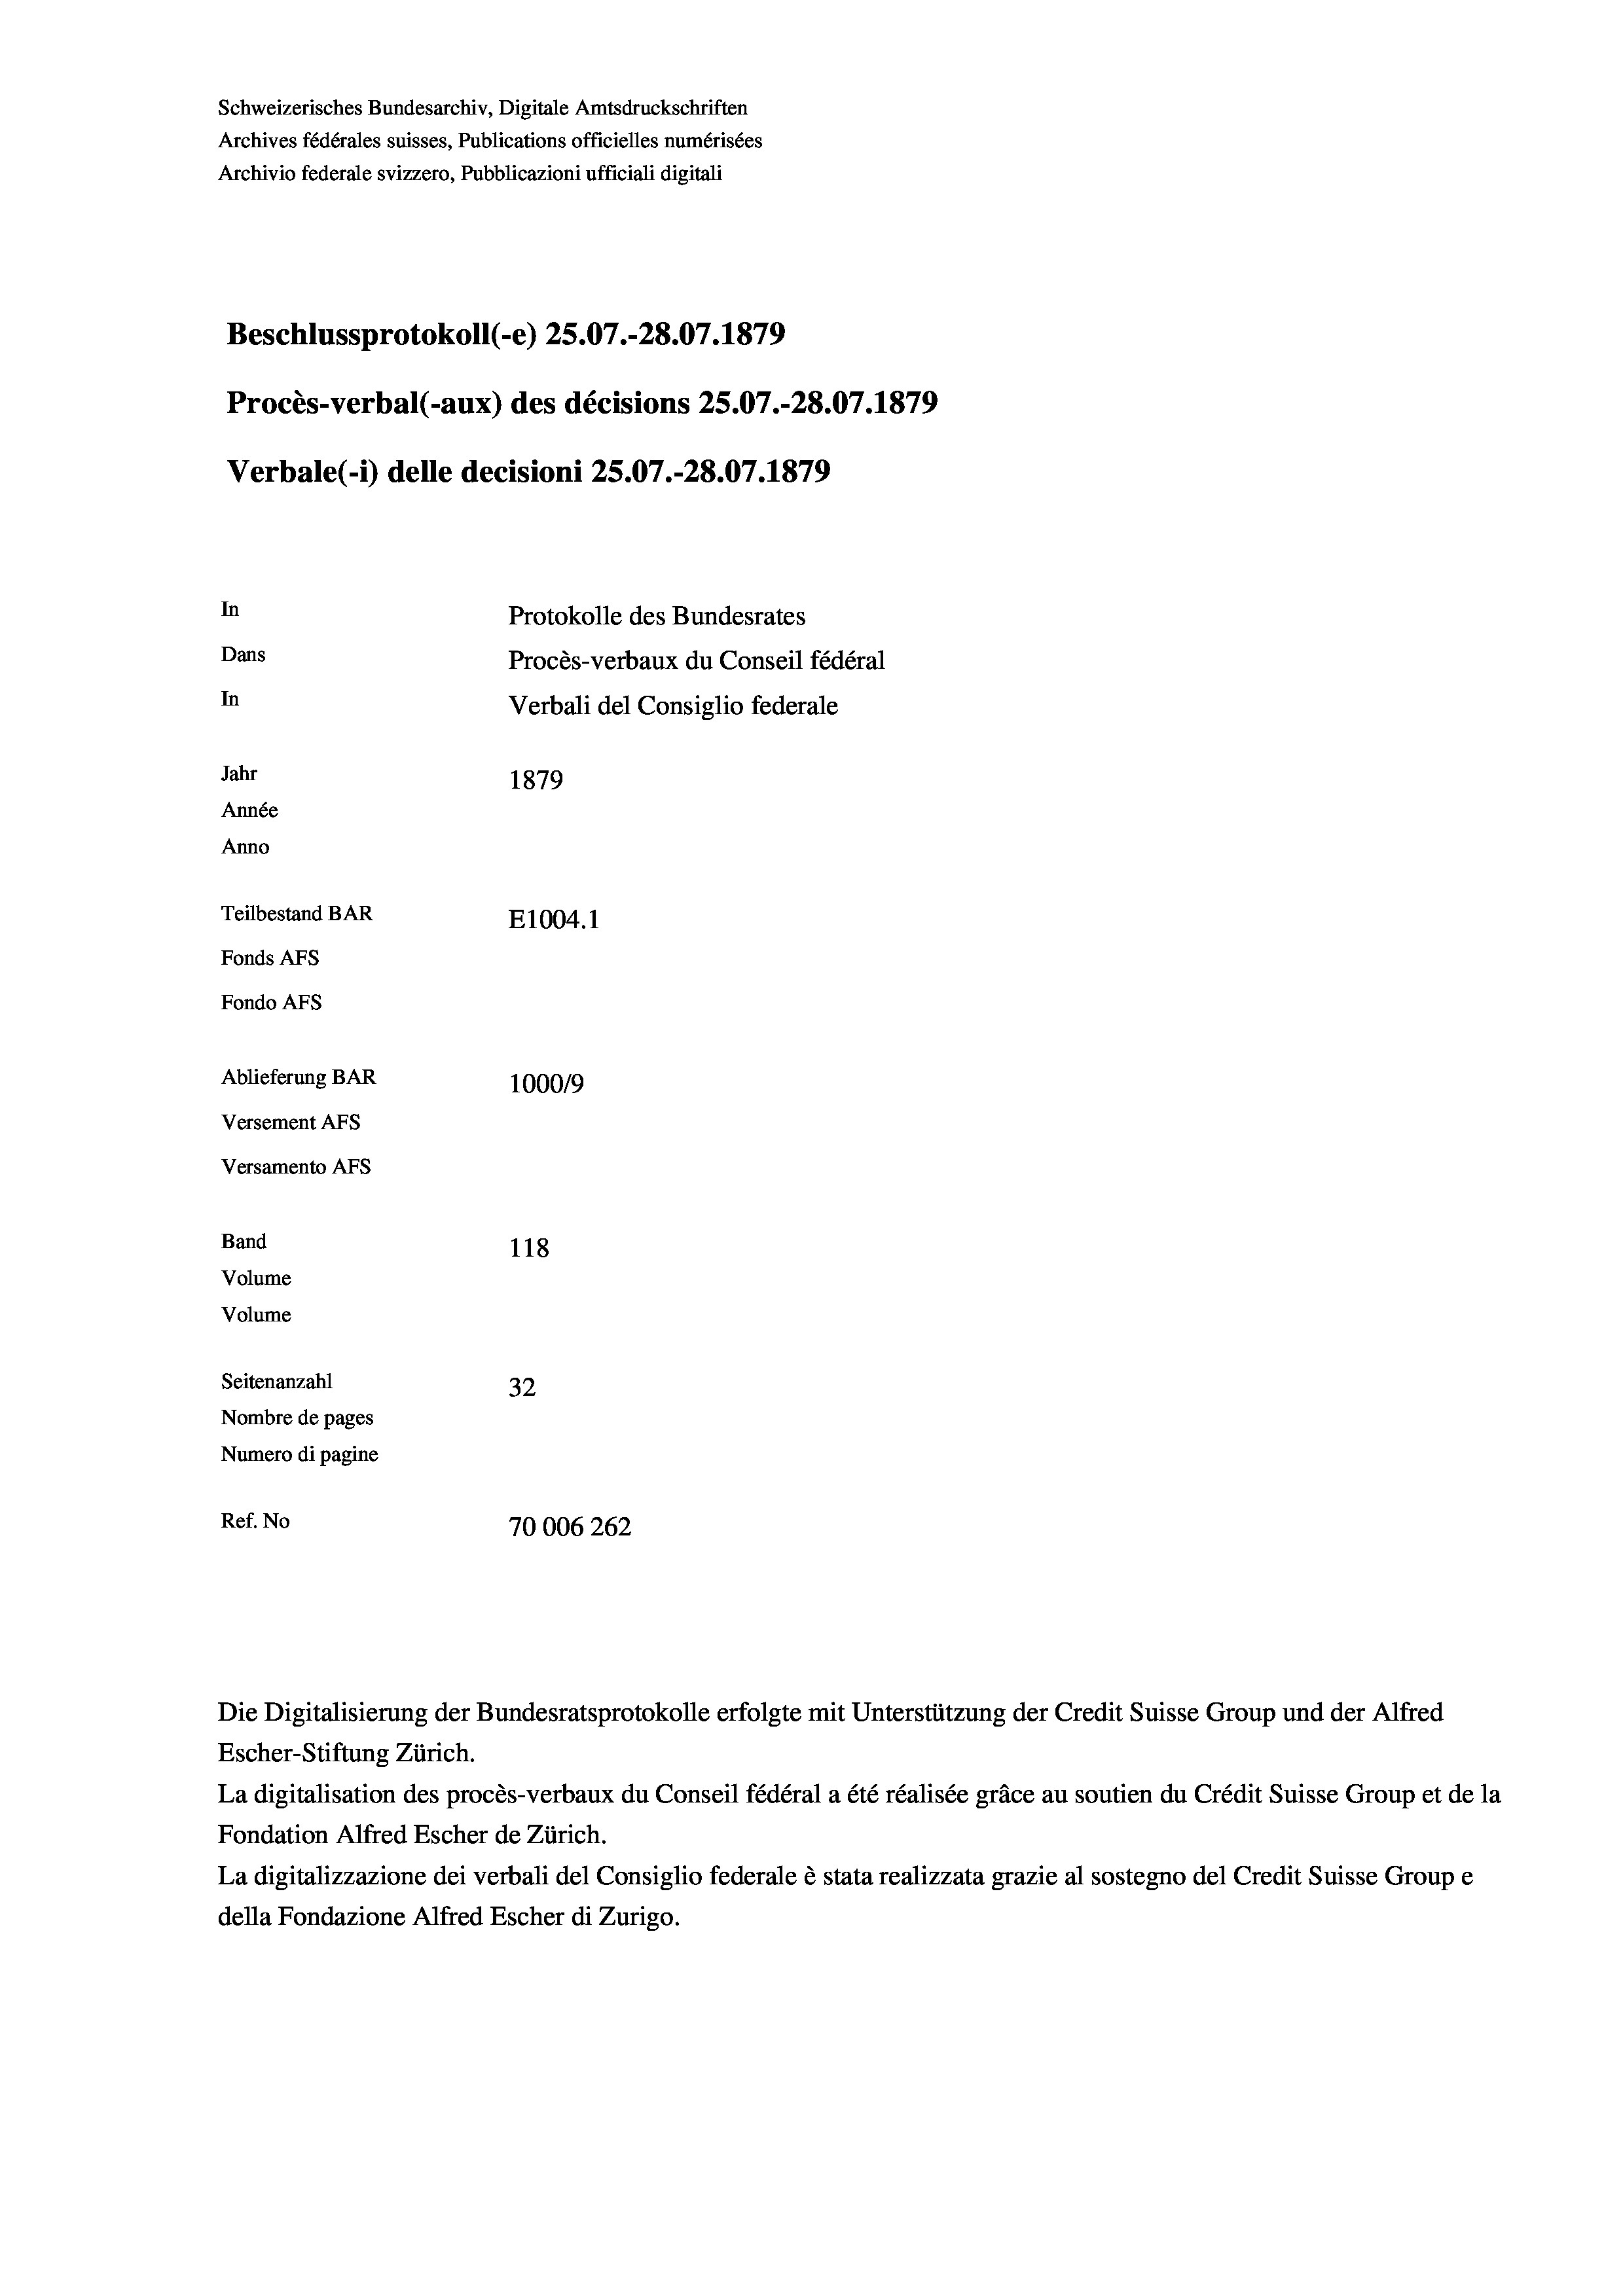
Schweizerisches Bundesarchiv, Digitale Amtsdruckschriften
Archives fédérales suisses, Publications officielles numérisées
Archivio federale svizzero, Pubblicazioni ufficiali digitali
Beschlussprotokoll (-e) 25.07.-28.07. 1879
Procès-verbal (-aux) des décisions 25.07.-28.07.1879
Verbale(*) delle decisioni 25.07.-28.07. 1879
In
Protokolle des Bundesrates
Dans
Procès-verbaux du Conseil fédéral
In
Verbali del Consiglio federale
Jahr
1879
Année
Anno
Teilbestand BAR
E1004.1
Fonds AFs
Fondo AFs
Ablieferung BAR
100019
Versement AFs
Versamento AFs
Band
118
Volume
Volume
Seitenanzahl
32
Nombre de pages
Numero di pagine
Ref. No
70006262

Die Digitalisierung der Bundesratsprotokolle erfolgte mit Unterstützung der Credit Suisse Group und der Alfred
Escher-Stiftung Zürich.
La digitalisation des procès-verbaux du Conseil fédéral a été réalisée gräce au soutien du Crédit Suisse Group et de la
Fondation Alfred Escher de Zürich.
La digitalizzazione dei verbali del Consiglio federale è stata realizzata grazie al sostegno del Credit Suisse Groupe
della Fondazione Alfred Escher di Zurigo.